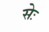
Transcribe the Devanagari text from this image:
सेः